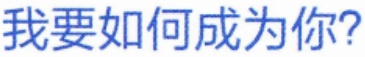
我要如何成为你?